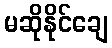
မဆိုနိုင်ချေ